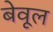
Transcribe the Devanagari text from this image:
बेवूल